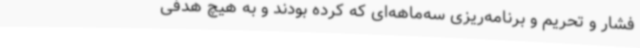
فشار و تحریم و برنامه‌ریزی سه‌ماهه‌ای که کرده بودند و به هیچ هدفی